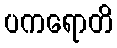
ပကရောတိ